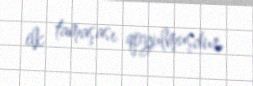
ilk tamaşası qoyulmuşdur.